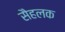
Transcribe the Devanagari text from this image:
सैहलक